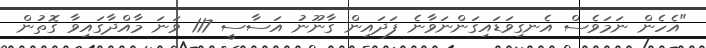
"އެހެން ނަމަވެސް އެނގިވަޑައިގަންނަވާނެ ފަދައިން ގާނޫނު އަސާސީ 117 ވަނަ މާއްދާގައިވާ ގޮތުން